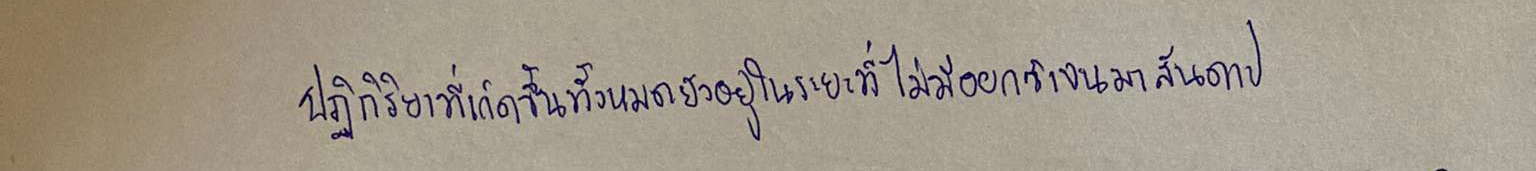
ปฏิกิริยาที่เกิดขึ้นทั้งหมดยังอยู่ในระยะที่ไม่มีออกซิเจนมาสันดาป